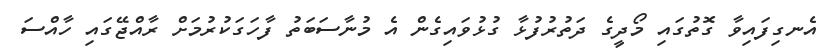
އެނގިފައިވާ ގޮތުގައި މޯދީގެ ދަތުރުފުޅާ ގުޅުވައިގެން އެ މުނާސަބަތު ފާހަގަކުރުމަށް ރާއްޖޭގައި ހާއްސަ